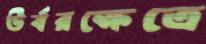
উর্বরক্ষেত্রে